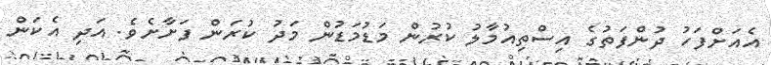
އެއަށްފަހު ދުންފަތުގެ އިސްތިއުމާލު ކުރުން މަޑުމަޑުން މަދު ކުރަން ފަށާށެވެ. އަދި އެކަން